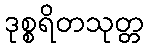
ဒုစ္စရိတသုတ္တ